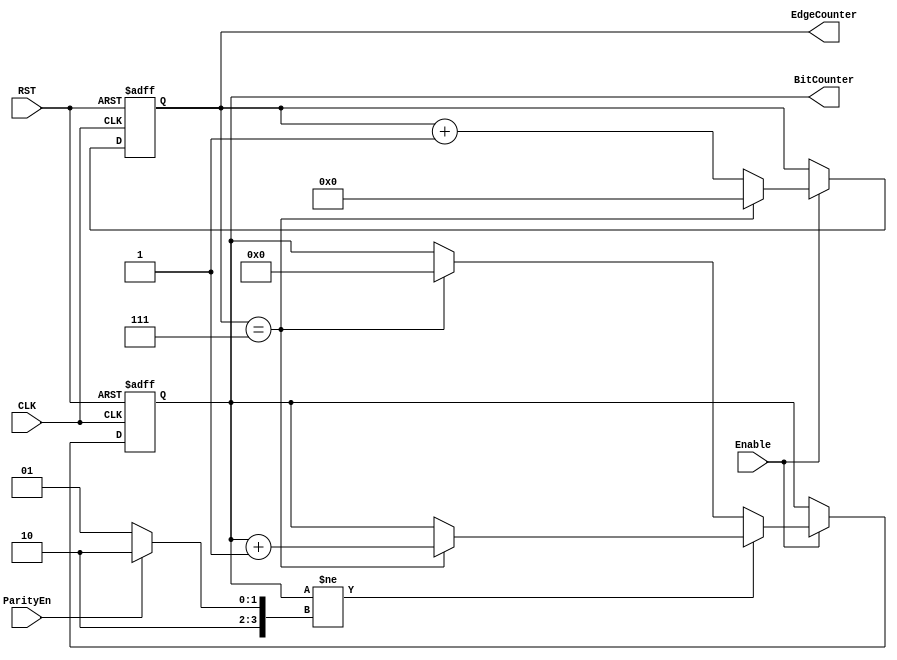
module EdgeBitCounter (
    input  wire       Enable,
    input  wire       ParityEn,
    input  wire       CLK,
    input  wire       RST,
    output reg  [3:0] BitCounter,
    output reg  [4:0] EdgeCounter
);
reg [3:0] NoOfBits;

//Number of bits to be counted
always @(*) begin
  if(ParityEn) begin
    NoOfBits = 4'b1010;
  end
  else begin
    NoOfBits = 4'b1001;
  end
end

//Counters Logic
always @(posedge CLK or negedge RST) begin
    if (!RST) begin
        EdgeCounter <= 'b0;
        BitCounter  <= 'b0;
    end
    else if (Enable) begin
        if (BitCounter != NoOfBits) begin
          if (EdgeCounter == 3'b111) begin
            EdgeCounter <= 'b0;
            BitCounter <= BitCounter + 1;
          end

          else begin
            EdgeCounter <= EdgeCounter + 1;
            BitCounter  <= BitCounter;
          end
        end

        else begin
          if (EdgeCounter == 3'b111) begin
            EdgeCounter <= 'b0;
            BitCounter <=  'b0;
          end

          else begin
            EdgeCounter <= EdgeCounter + 1;
            BitCounter  <= BitCounter;
          end
        end
    end
end

endmodule